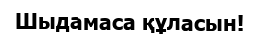
Шыдамаса құласын!